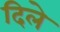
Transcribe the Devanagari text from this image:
दिलेे